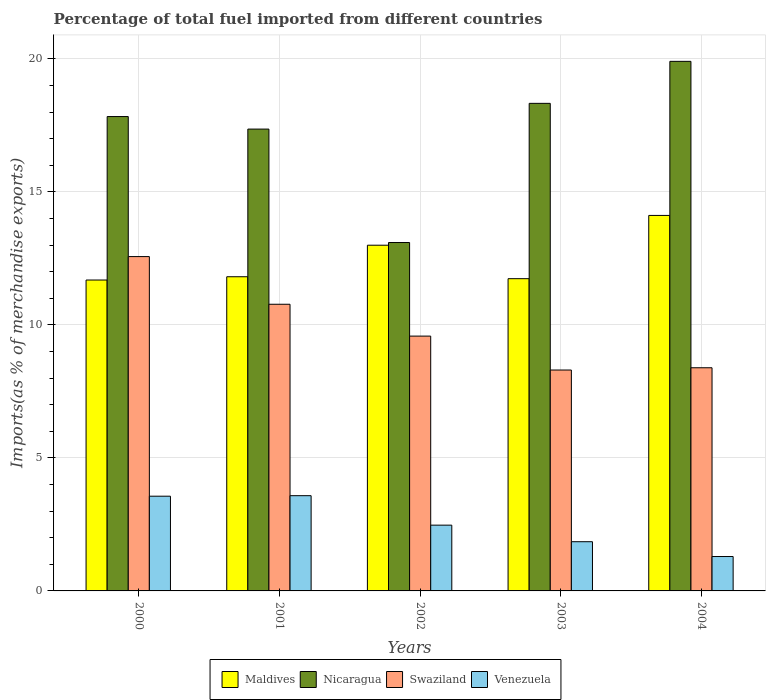
| Years | Maldives | Nicaragua | Swaziland | Venezuela |
 | --- | --- | --- | --- | --- |
 | 2000 | 11.7 | 17.8 | 12.6 | 3.56 |
 | 2001 | 11.8 | 17.4 | 10.8 | 3.58 |
 | 2002 | 13 | 13.1 | 9.58 | 2.47 |
 | 2003 | 11.7 | 18.3 | 8.3 | 1.85 |
 | 2004 | 14.1 | 19.9 | 8.39 | 1.29 |